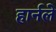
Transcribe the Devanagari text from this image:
हार्नले